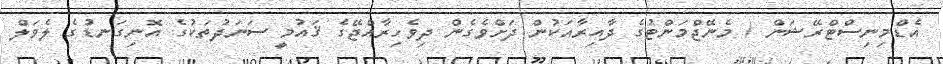
އެޑްމިނިސްޓްރޭޝަން / މެނޭޖްމަންޓުގެ ދާއިރާއަކުން ދަށްވެގެން ދިވެހިރާއްޖޭގެ ޤައުމީ ސަނަދުތަކުގެ އޮނިގަނޑުގެ ލެވަލް